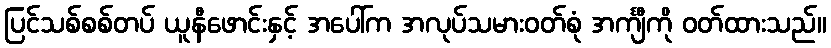
ပြင်သစ်စစ်တပ် ယူနီဖောင်းနှင့် အပေါ်က အလုပ်သမားဝတ်စုံ အင်္ကျီကို ဝတ်ထားသည်။